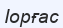
Іорғас